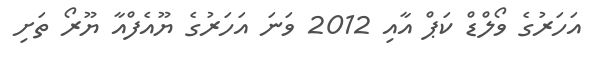
އަހަރުގެ ވޯލްޑް ކަޕް އާއި 2012 ވަނަ އަހަރުގެ ޔޫއެފްއާ ޔޫރޯ ތަށި